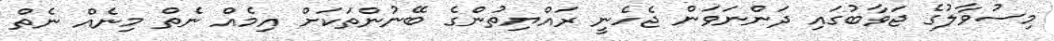
މިސުވާލުގެ ޖަވާބުގައި ދަންނަވަން ޖެހެނީ ރައްޔިތުންގެ ބޭނުންތަކަށް އިމެއް ނެތް މިނެއް ނެތް